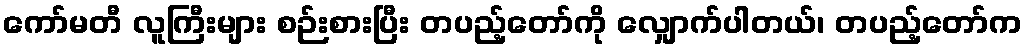
ကော်မတီ လူကြီးများ စဉ်းစားပြီး တပည့်တော်ကို လျှောက်ပါတယ်၊ တပည့်တော်က